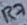
Text: R7